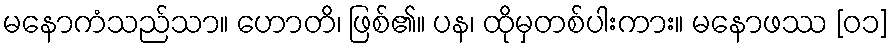
မနောကံသည်သာ။ ဟောတိ၊ ဖြစ်၏။ ပန၊ ထိုမှတစ်ပါးကား။ မနောဖဿ [၀၁]